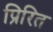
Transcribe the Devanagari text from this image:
प्रिरित